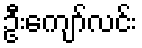
ဦးကျော်လင်း